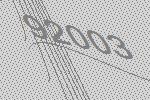
92003